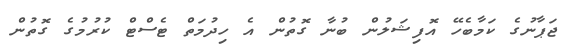
ޖަޕާނުގެ ކަމާބެހޭ އޮފިޝަލުން ބުނާ ގޮތުން އެ ހިދުމަތް ޓެސްޓް ކުރުމުގެ ގޮތުން